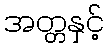
အတ္တနှင့်